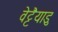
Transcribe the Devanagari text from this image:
वेट्टैयाडु